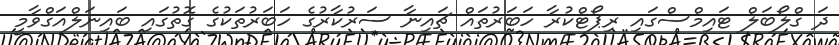
ދަ ގްލޯބަލް ޓައިމްސްގައި ރިޕޯޓްކުރާ ހަބަރުތައް ޗައިނާ ސަރުކާރުގެ ހަބަރުތަކުގެ ގޮތުގައި ބައިނަލްއަގްވާމީ